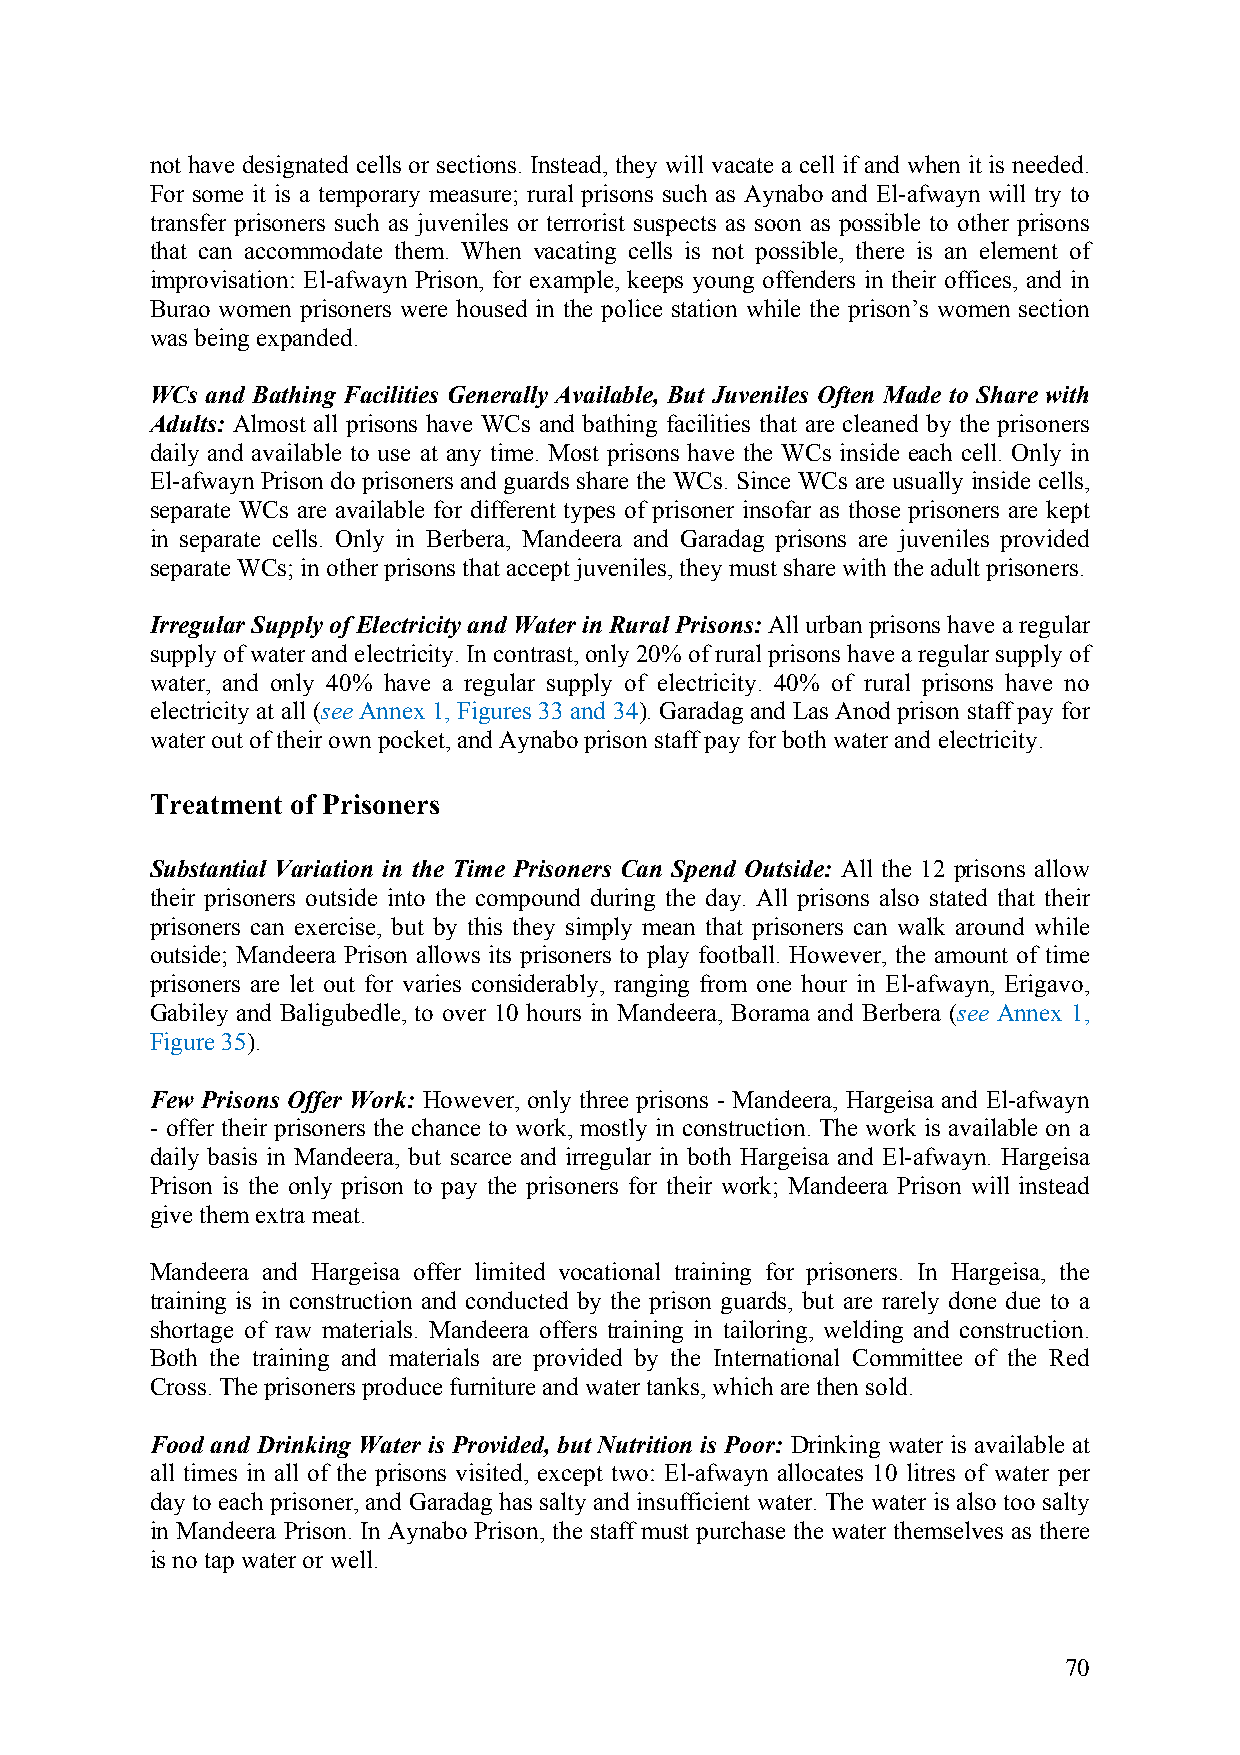
not have designated cells or sections. Instead, they will vacate a cell if and when it is needed.
 For some it is a temporary measure; rural prisons such as Aynabo and El-afwayn will try to
 transfer prisoners such as juveniles or terrorist suspects as soon as possible to other prisons
 that can accommodate them. When vacating cells is not possible, there is an element of
 improvisation: El-afwayn Prison, for example, keeps young offenders in their offices, and in
 Burao women prisoners were housed in the police station while the prison’s women section
 was being expanded.
 WCs and Bathing Facilities Generally Available, But Juveniles Often Made to Share with
 Adults: Almost all prisons have WCs and bathing facilities that are cleaned by the prisoners
 daily and available to use at any time. Most prisons have the WCs inside each cell. Only in
 El-afwayn Prison do prisoners and guards share the WCs. Since WCs are usually inside cells,
 separate WCs are available for different types of prisoner insofar as those prisoners are kept
 in separate cells. Only in Berbera, Mandeera and Garadag prisons are juveniles provided
 separate WCs; in other prisons that accept juveniles, they must share with the adult prisoners.
 Irregular Supply of Electricity and Water in Rural Prisons: All urban prisons have a regular
 supply of water and electricity. In contrast, only 20% of rural prisons have a regular supply of
 water, and only 40% have a regular supply of electricity. 40% of rural prisons have no
 electricity at all (see Annex 1, Figures 33 and 34). Garadag and Las Anod prison staff pay for
 water out of their own pocket, and Aynabo prison staff pay for both water and electricity.
 Treatment of Prisoners
 Substantial Variation in the Time Prisoners Can Spend Outside: All the 12 prisons allow
 their prisoners outside into the compound during the day. All prisons also stated that their
 prisoners can exercise, but by this they simply mean that prisoners can walk around while
 outside; Mandeera Prison allows its prisoners to play football. However, the amount of time
 prisoners are let out for varies considerably, ranging from one hour in El-afwayn, Erigavo,
 Gabiley and Baligubedle, to over 10 hours in Mandeera, Borama and Berbera (see Annex 1,
 Figure 35).
 Few Prisons Offer Work: However, only three prisons - Mandeera, Hargeisa and El-afwayn
 - offer their prisoners the chance to work, mostly in construction. The work is available on a
 daily basis in Mandeera, but scarce and irregular in both Hargeisa and El-afwayn. Hargeisa
 Prison is the only prison to pay the prisoners for their work; Mandeera Prison will instead
 give them extra meat.
 Mandeera and Hargeisa offer limited vocational training for prisoners. In Hargeisa, the
 training is in construction and conducted by the prison guards, but are rarely done due to a
 shortage of raw materials. Mandeera offers training in tailoring, welding and construction.
 Both the training and materials are provided by the International Committee of the Red
 Cross. The prisoners produce furniture and water tanks, which are then sold.
 Food and Drinking Water is Provided, but Nutrition is Poor: Drinking water is available at
 all times in all of the prisons visited, except two: El-afwayn allocates 10 litres of water per
 day to each prisoner, and Garadag has salty and insufficient water. The water is also too salty
 in Mandeera Prison. In Aynabo Prison, the staff must purchase the water themselves as there
 is no tap water or well.
 70